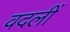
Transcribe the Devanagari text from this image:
वदलीं